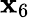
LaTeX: \mathbf{x}_{6}